King Institute of Preventive Medicine Bacteriolog. Section reports 1907-08
Year: 1907
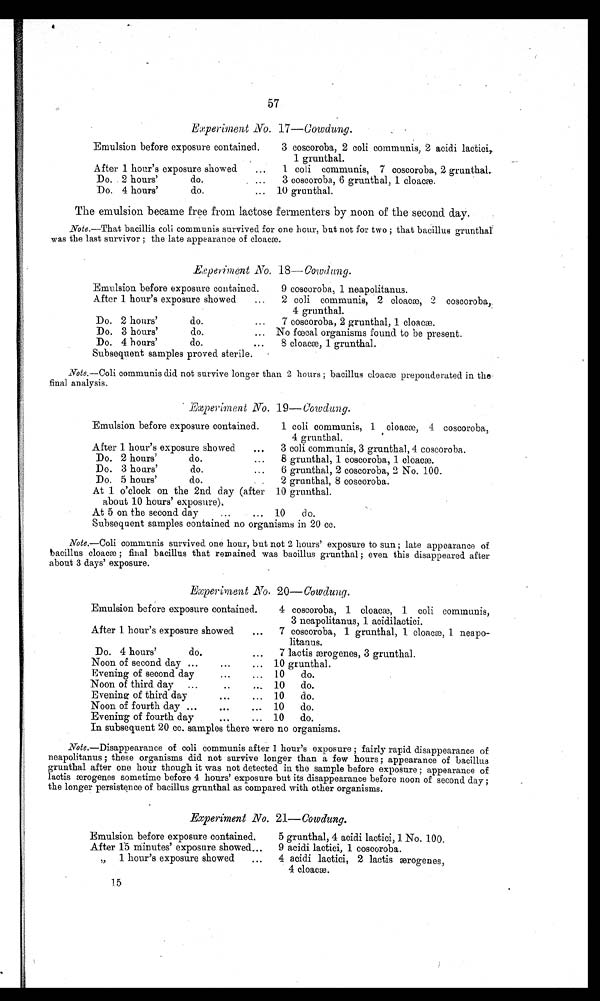
57
•
Experiment No. 17—Cowdung.
Emulsion before exposure contained.
3 coscoroba, 2 coli communis, 2 acidi lactici,.
1 grunthal.
After 1 hour's exposure showed
1 coli communis, 7 coscoroba, 2 grunthal.
Do. , 2 hours'
do.
3 coscoroba, 6 grunthal, 1 cloacæ).
Do. 4 hours'
do.
10 grunthal.
The emulsion became free from lactose fermenters by noon of the second day.
Note .—That bacillis coli communis survived for one hour, but not f or two ; that bacillus grunthal
was the last survivor ; the late appearance of cloacæ.
Experiment No. 18—cowdung.
Emulsion before exposure contained.
9 coscoroba, 1 neapolitanus.
After 1 hour's exposure showed
...
2 coli communis, 2 cloacæ, 2 coscoroba,
4 grunthal.
Do. 2 hours'
do.
...
7 coscoroba, 2 grunthal, 1 cloacæ.
Do. 3 hours'
do.
No fœcal organisms found to be present.
Do. 4 hours'
do.
...
8 cloacæ, 1 grunthal.
Subsequent samples proved sterile.
Note .—Coli communis did not survive longer than 2 hours ; bacillus cloacæ preponderated in the
final analysis.
.Experiments No. 19—Cowdung.
Emulsion before exposure contained.
1 coli communis, 1 cloacæ, 4 coscoroba,,
4 grunthal.
After 1 hour's exposure showed
...
3 coli communis, 3 grunthal, 4 coscoroba.
Do. 2 hours'
do.
...
8 grunthal, 1 coscoroba, 1 °loam.
Do. 3 hours'
do.
...
6 grunthal, 2 coscoroba, 2 No. 100.
Do. 5 hours'
do.
2 grunthal, 8 coscoroba.
At 1 o'clock on the 2nd day (after 10 grunthal.
about 10 hours' exposure).
•
At 5 on the second day
10
d o.
Subsequent samples contained no organisms in 20 cc.
Note .—Coli communis survived one hour, but not 2 hours' exposure to sun ; late appearance of
bacillus cloacæ ; final bacillus that remained was bacillus grunthal ; even this disappeared after
about 3 days' exposure.
Experiment No. 20—Cowdung.
Emulsion before exposure contained.
4 coscoroba, 1 cloacæ, 1 coli communis,
3 neapolitanus, acidilactici.
After 1 hour's exposure showed
...
7 coscoroba, 1 grunthal, 1 cloacæ, 1 neapo-
litanus.
Do. 4 hours'
do.
...
7 lactis ærogenes, 3 grunthal.
Noon of second day
...
... 10 grunthal.
Evening of second day
10
do.
Noon of third day ...
. 10 do.
Evening of third day
... 10
do.
Noon of fourth day
...
... 10 do.
Evening of fourth day
10 do.
In subsequent 20 cc. samples there were no organisms.
Note .—Disappearance of coli communis after 1 hour's exposure ; fairly rapid disappearance of
neapolitanus ; these organisms did not survive longer than a few hours ; appearance of bacillus
grunthal after one hour though it was not detected in the sample before exposure ; appearance of
lactis ærogenes sometime before 4 hours' exposure but its disappearance before noon of second day ;
the longer persistence of bacillus grunthal as compared with other organisms.
Experiment No. 21—Cowdung.
Emulsion before exposure contained.
5 grunthal, 4 acidi lactici ,1 No. 100.
After 15 minutes' exposure showed...
9 acidi lactici, 1 coscoroba.
1 hour's exposure showed
4 acidi lactici, 2 lactis ærogenes,
4 cloacæ.
15